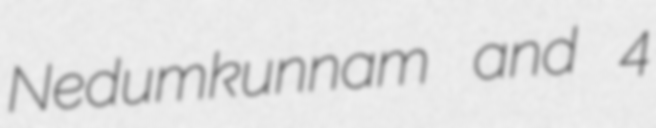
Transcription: Nedumkunnam and 4